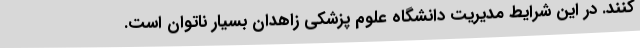
کنند. در این شرایط مدیریت دانشگاه علوم پزشکی زاهدان بسیار ناتوان است.